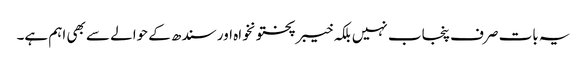
یہ بات صرف پنجاب نہیں بلکہ خیبرپختونخواہ اور سندھ کے حوالے سے بھی اہم ہے۔